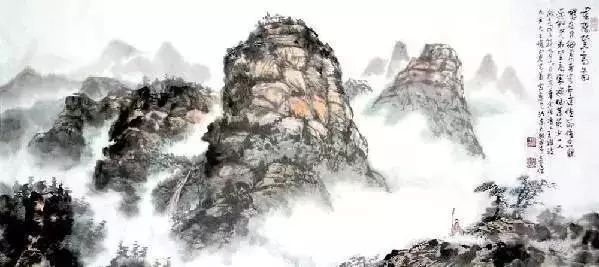
尘世难逢开口笑，菊花须插满头归。